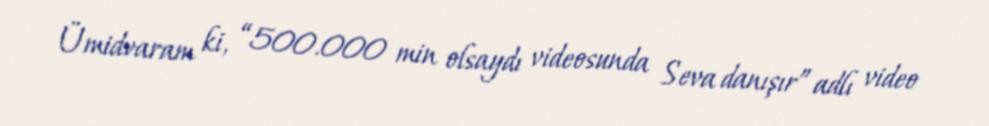
Ümidvaram ki, “500.000 min olsaydı videosunda Seva danışır” adlı video